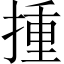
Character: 揰